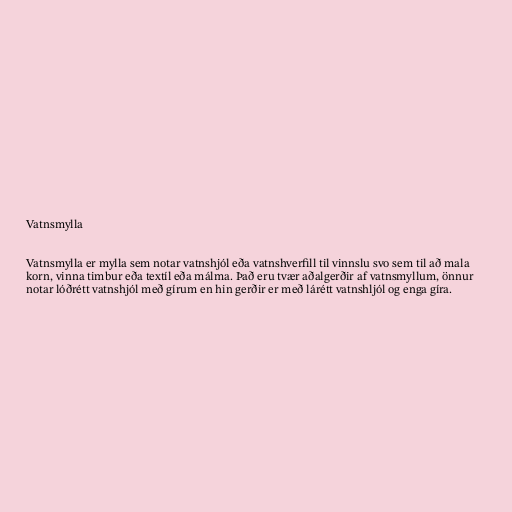
Vatnsmylla

Vatnsmylla er mylla sem notar vatnshjól eða vatnshverfill til vinnslu svo sem til að mala
korn, vinna timbur eða textíl eða málma. Það eru tvær aðalgerðir af vatnsmyllum, önnur
notar lóðrétt vatnshjól með gírum en hin gerðir er með lárétt vatnshljól og enga gíra.